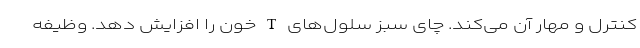
كنترل و مهار آن می‌كند. چای سبز سلول‌های T خون را افزایش دهد. وظیفه